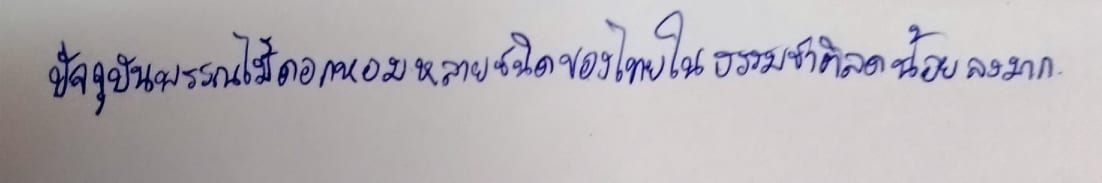
ปัจจุบันพรรณไม้ดอกหอมหลายชนิดของไทยในธรรมชาติลดน้อยลงมาก